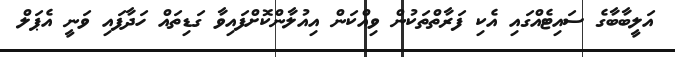
އަލީބާބާގެ ސައިޓެއްގައި އެކި ފަރާތްތަކުން ވިއްކަން އިއުލާންކޮށްފައިވާ ގަޑިތައް ހަދާފައި ވަނީ އެޕަލް